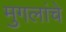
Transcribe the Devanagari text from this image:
मुगलांचे